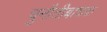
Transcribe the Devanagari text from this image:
चुनौतीबाचक